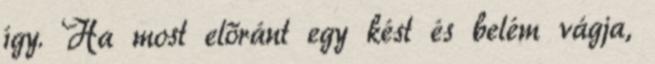
így. Ha most előránt egy kést és belém vágja,